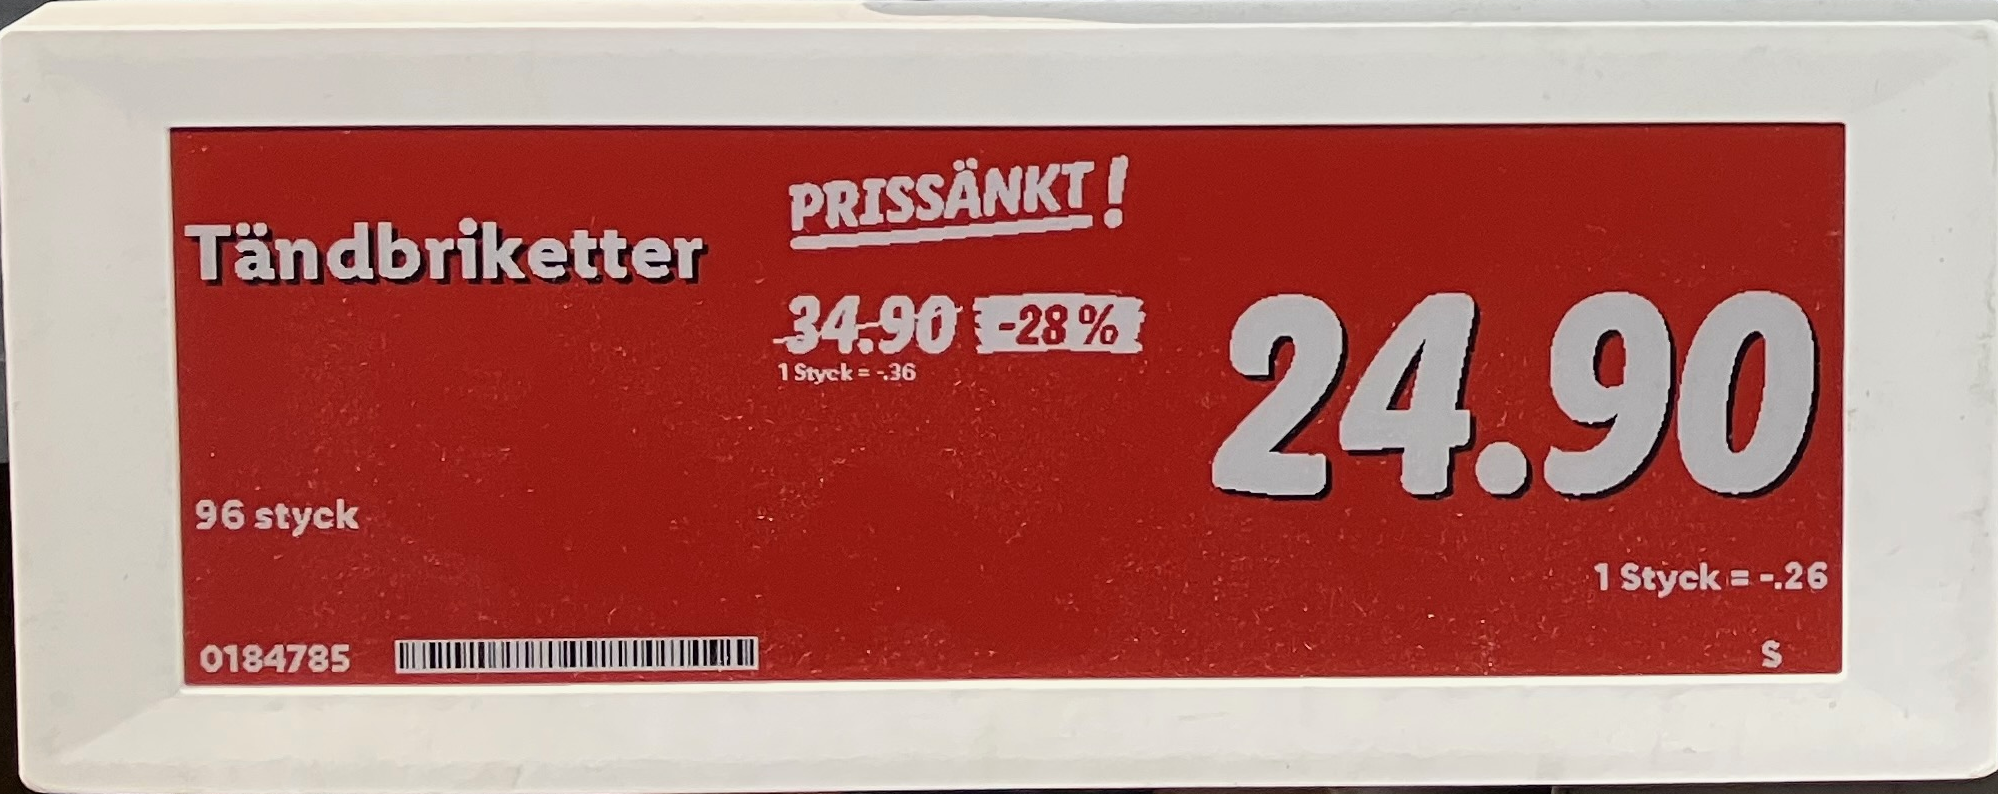
Vara: Tändbriketter
Genomsnittspris: 0.26 per st